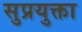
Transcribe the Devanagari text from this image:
सुप्रयुक्ता